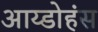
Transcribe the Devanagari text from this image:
आय्डोहंस